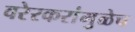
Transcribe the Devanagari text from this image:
वरेरकरांमुळेच